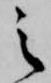
之